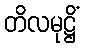
တိလမုဋ္ဌိံ